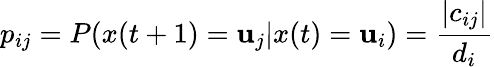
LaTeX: p_{ij}=P(x(t+1)=\mathbf{u}_{j}|x(t)=\mathbf{u}_{i})=\frac{{|c_{ij}|}}{{d_{i}}}